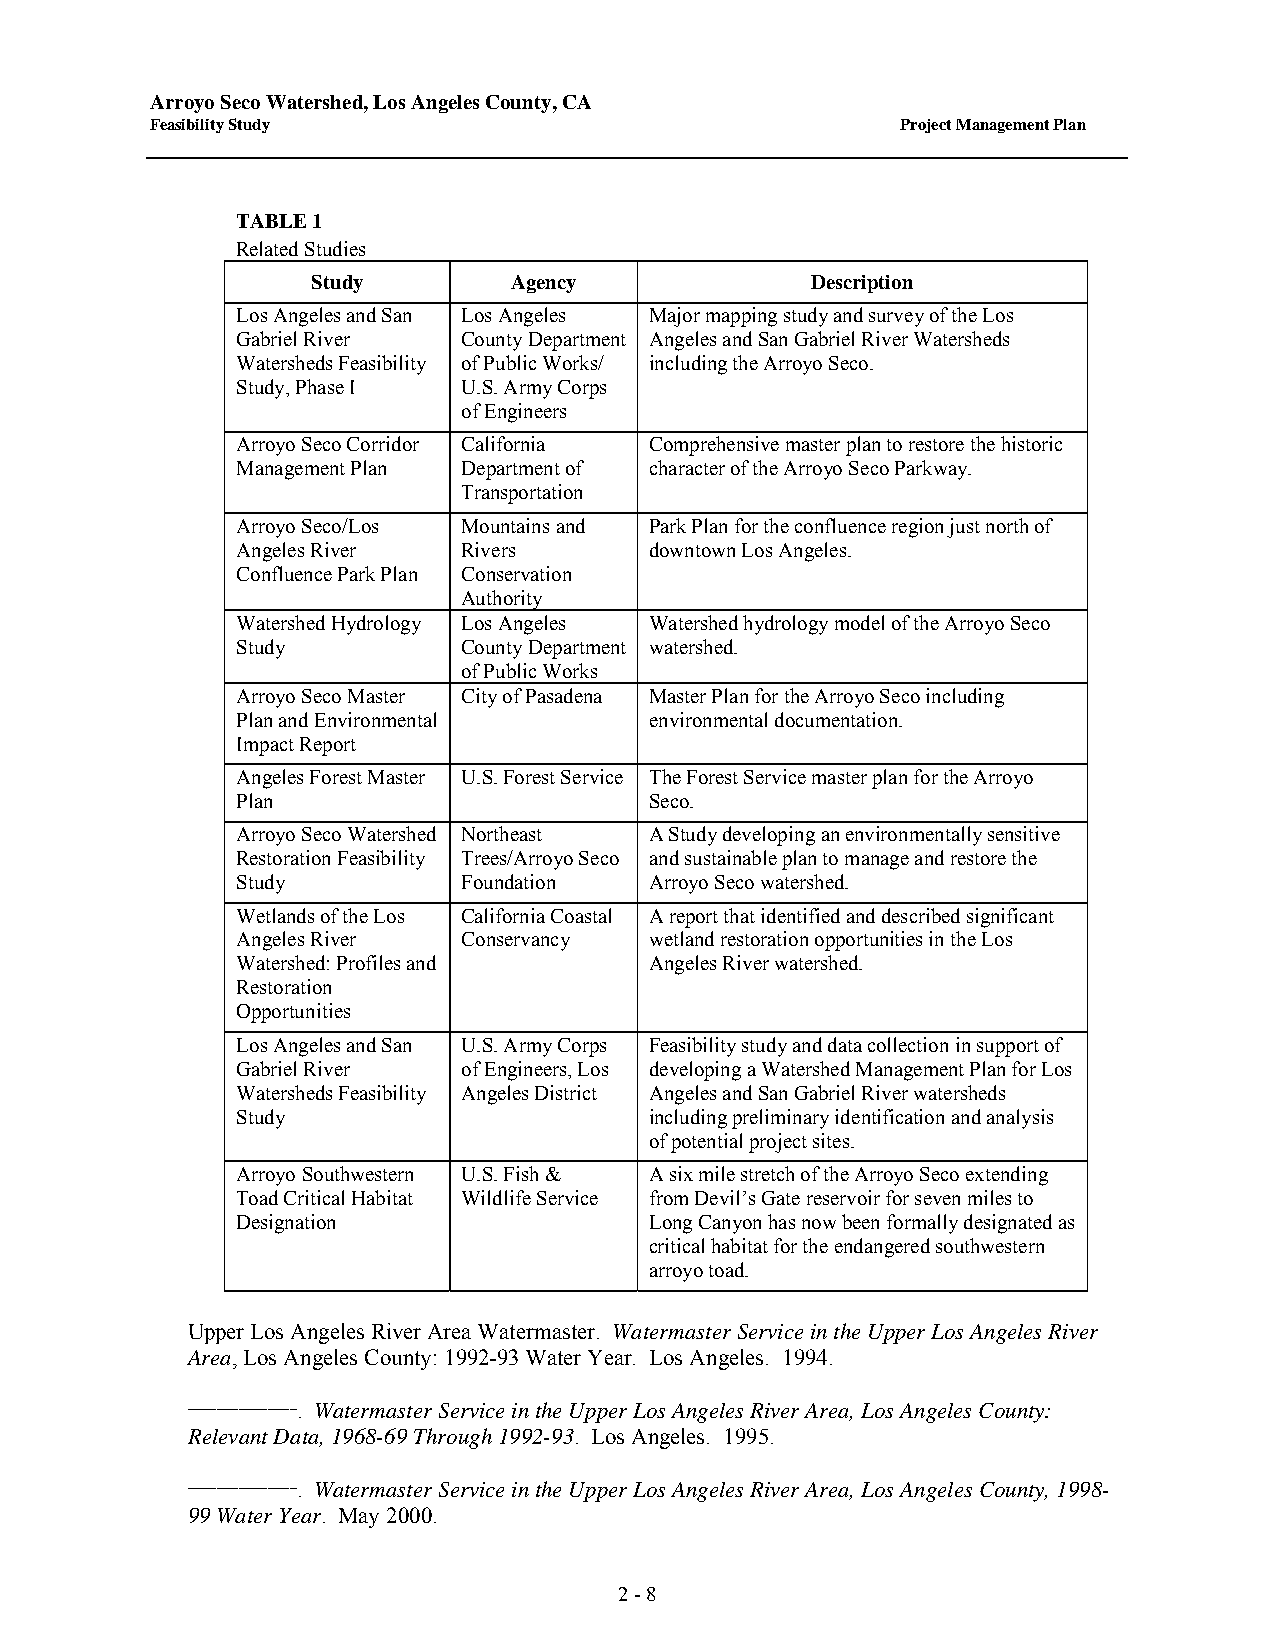
Arroyo Seco Watershed, Los Angeles County, CA
 Feasibility Study                                 Project Management Plan
 TABLE 1
 Related Studies
 Study        Agency              Description
 Los Angeles and San Los Angeles Major mapping study and survey of the Los
 Gabriel River  County Department Angeles and San Gabriel River Watersheds
 Watersheds Feasibility of Public Works/ including the Arroyo Seco.
 Study, Phase I U.S. Army Corps
 of Engineers
 Arroyo Seco Corridor California Comprehensive master plan to restore the historic
 Management Plan Department of character of the Arroyo Seco Parkway.
 Transportation
 Arroyo Seco/Los Mountains and Park Plan for the confluence region just north of
 Angeles River  Rivers      downtown Los Angeles.
 Confluence Park Plan Conservation
 Authority
 Watershed Hydrology Los Angeles Watershed hydrology model of the Arroyo Seco
 Study          County Department watershed.
 of Public Works
 Arroyo Seco Master City of Pasadena Master Plan for the Arroyo Seco including
 Plan and Environmental     environmental documentation.
 Impact Report
 Angeles Forest Master U.S. Forest Service The Forest Service master plan for the Arroyo
 Plan                       Seco.
 Arroyo Seco Watershed Northeast A Study developing an environmentally sensitive
 Restoration Feasibility Trees/Arroyo Seco and sustainable plan to manage and restore the
 Study          Foundation  Arroyo Seco watershed.
 Wetlands of the Los California Coastal A report that identified and described significant
 Angeles River  Conservancy wetland restoration opportunities in the Los
 Watershed: Profiles and    Angeles River watershed.
 Restoration
 Opportunities
 Los Angeles and San U.S. Army Corps Feasibility study and data collection in support of
 Gabriel River  of Engineers, Los developing a Watershed Management Plan for Los
 Watersheds Feasibility Angeles District Angeles and San Gabriel River watersheds
 Study                      including preliminary identification and analysis
 of potential project sites.
 Arroyo Southwestern U.S. Fish & A six mile stretch of the Arroyo Seco extending
 Toad Critical Habitat Wildlife Service from Devil’s Gate reservoir for seven miles to
 Designation                Long Canyon has now been formally designated as
 critical habitat for the endangered southwestern
 arroyo toad.
 Upper Los Angeles River Area Watermaster. Watermaster Service in the Upper Los Angeles River
 Area, Los Angeles County: 1992-93 Water Year. Los Angeles. 1994.
 _______________. Watermaster Service in the Upper Los Angeles River Area, Los Angeles County:
 Relevant Data, 1968-69 Through 1992-93. Los Angeles. 1995.
 _______________. Watermaster Service in the Upper Los Angeles River Area, Los Angeles County, 1998-
 99 Water Year. May 2000.
 2 - 8